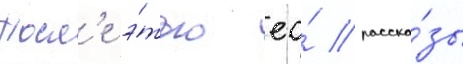
Посл'е э́того ео́ расска́зы